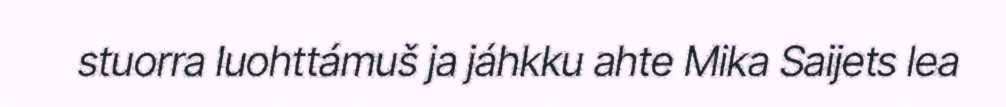
stuorra luohttámuš ja jáhkku ahte Mika Saijets lea